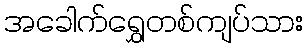
အခေါက်ရွှေတစ်ကျပ်သား